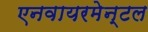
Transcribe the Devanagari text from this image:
एनवायरमेन्टल